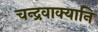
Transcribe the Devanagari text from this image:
चन्द्रवाक्यानि